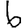
Digit: 6